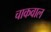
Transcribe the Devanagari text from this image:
चाकवाल